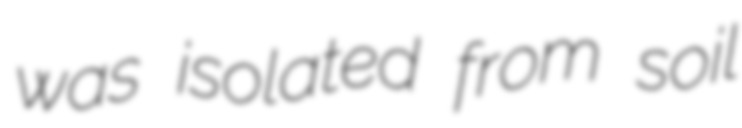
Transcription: was isolated from soil